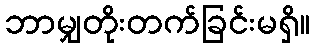
ဘာမျှတိုးတက်ခြင်းမရှိ။